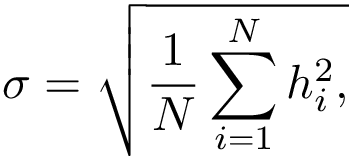
\sigma = \sqrt { \frac { 1 } { N } \sum _ { i = 1 } ^ { N } h _ { i } ^ { 2 } , }